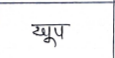
मजकूर: खूप